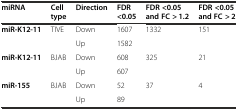
<table><thead><tr><td><b>miRNA</b></td><td><b>Cell type</b></td><td><b>Direction</b></td><td><b>FDR &lt;0.05</b></td><td><b>FDR &lt;0.05 and FC &gt; 1.2</b></td><td><b>FDR &lt;0.05 and FC &gt; 2</b></td></tr></thead><tbody><tr><td><b>miR-K12-11</b></td><td>TIVE</td><td>Down</td><td>1607</td><td>1332</td><td>151</td></tr><tr><td></td><td></td><td>Up</td><td>1582</td><td></td><td></td></tr><tr><td><b>miR-K12-11</b></td><td>BJAB</td><td>Down</td><td>608</td><td>325</td><td>21</td></tr><tr><td></td><td></td><td>Up</td><td>607</td><td></td><td></td></tr><tr><td><b>miR-155</b></td><td>BJAB</td><td>Down</td><td>52</td><td>37</td><td>4</td></tr><tr><td></td><td></td><td>Up</td><td>89</td><td></td><td></td></tr></tbody></table>